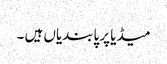
میڈیا پر پابندیاں ہیں ۔